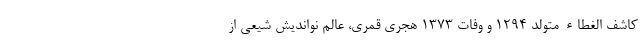
کاشف الغطاء متولد ۱۲۹۴ و وفات ۱۳۷۳ هجری قمری، عالم نواندیش شیعی از